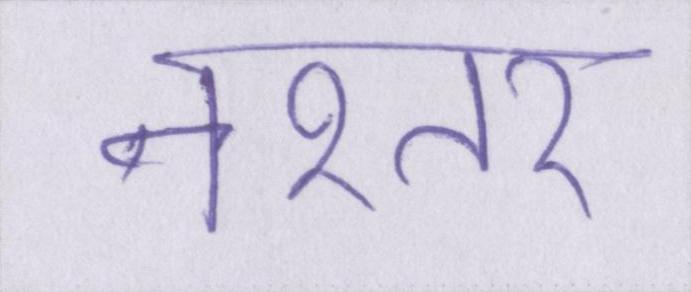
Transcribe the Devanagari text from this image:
नश्तर